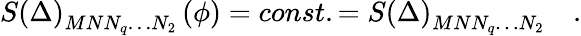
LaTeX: S\left(\Delta\right)_{MNN_{q}\ldots N_{2}}\left(\phi\right)=const.=S\left(\Delta\right)_{MNN_{q}\ldots N_{2}}\quad.